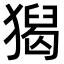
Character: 𤡡